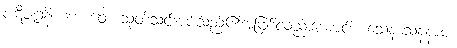
ပဋိဇဂ္ဂနိယဘာဝေါ၊ သုတ်သင်အပ်သည်၏အဖြစ်လည်းကောင်း။ သေနာသနနာမ၊